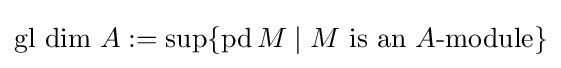
{\mbox{gl dim }}A:=\sup\{\operatorname {pd} M\mid M{\text{ is an }}A{\text{-module}}\}